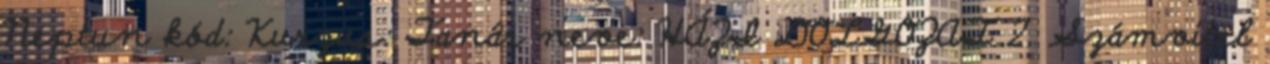
Neptun kód: Kurzus: Tanár neve: HÁZI DOLGOZAT 2. Számvitel